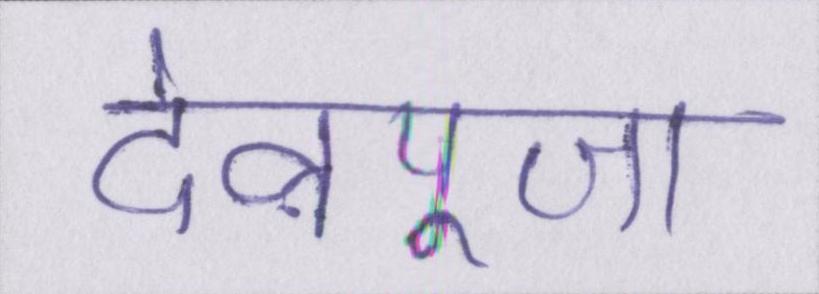
देवपूजा